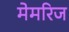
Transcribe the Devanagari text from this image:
मेमरिज